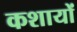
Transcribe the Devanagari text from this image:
कशायों